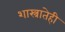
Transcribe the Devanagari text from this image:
शास्त्रातेही